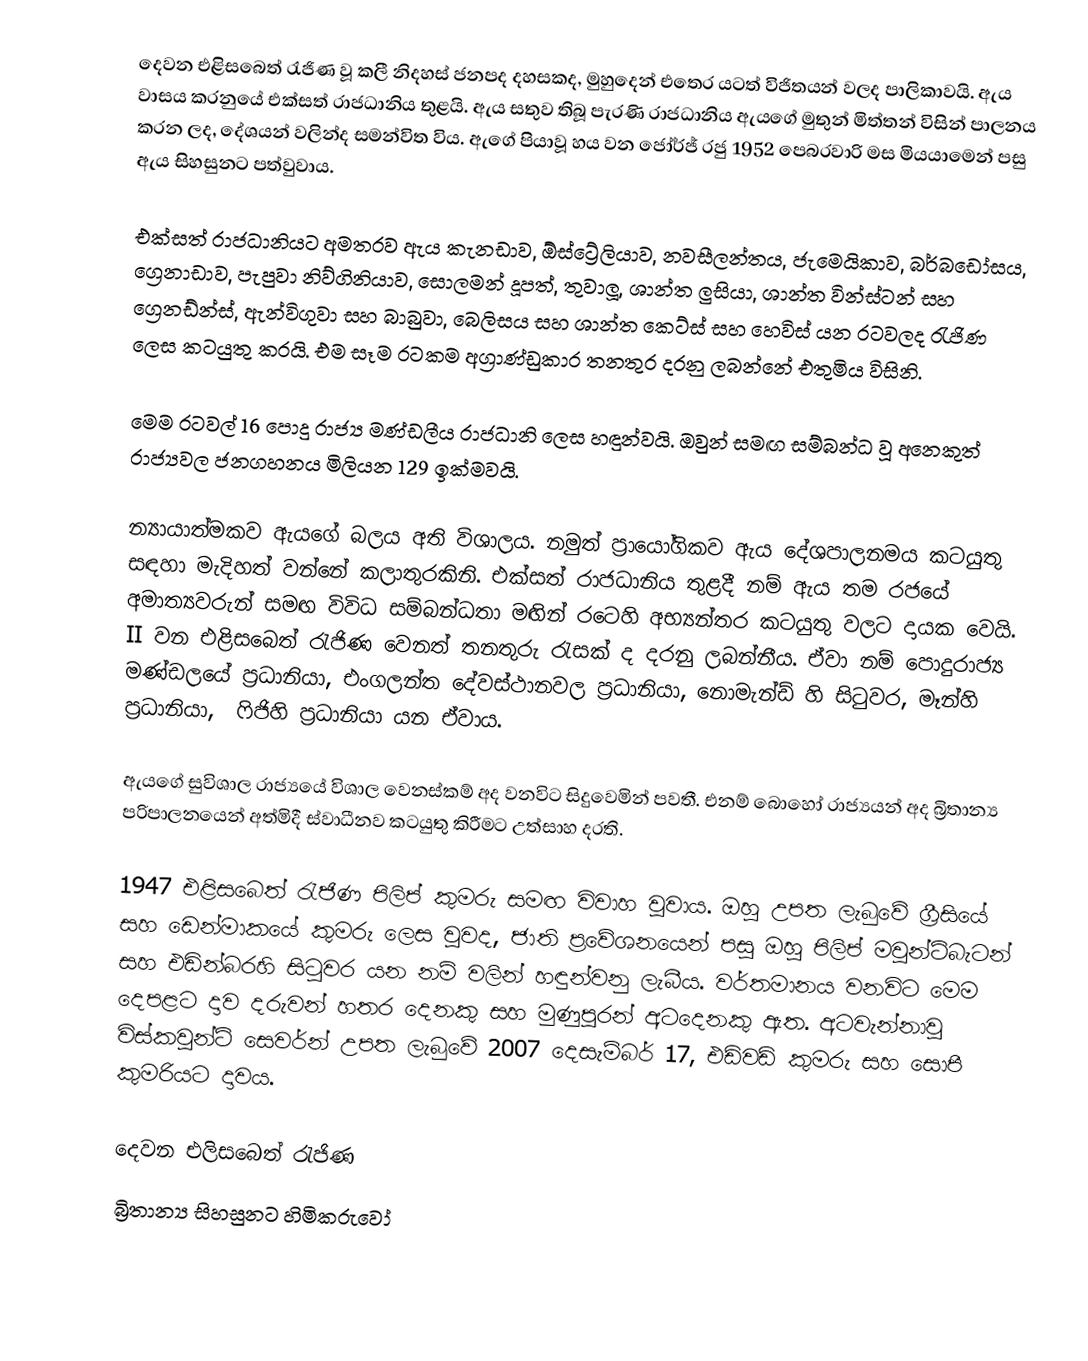
දෙවන එළිසබෙත් රැජිණ වූ කලී නිදහස් ජනපද දහසකද, මුහුදෙන් එතෙර යටත් විජිතයන් වලද පාලිකාවයි. ඇය වාසය කරනුයේ එක්සත් රාජධානිය තුළයි. ඇය සතුව තිබූ පැරණි රාජධානිය ඇයගේ මුතුන් මිත්තන් විසින් පාලනය කරන ලද, දේශයන් වලින්ද සමන්විත විය. ඇගේ පියාවූ හය වන ජෝර්ජ් රජු 1952 පෙබරවාරි මස මියයාමෙන් පසු ඇය සිහසුනට පත්වුවාය.

එක්සත් රාජධානියට අමතරව ඇය කැනඩාව, ඕස්ට්‍රේලියාව, නවසීලන්තය, ජැ‍මෙයිකාව, බර්බඩෝසය, ග්‍රෙනාඩාව, පැපුවා නිව්ගිනියාව, සොලමන් දූපත්, තුවාලූ, ශාන්ත ලුසියා, ශාන්ත වින්ස්ටන් සහ ‍ග්‍රෙනඩ්න්ස්, ඇන්විගුවා සහ බාබුවා, බෙලිසය සහ ශාන්ත කෙට්ස් සහ හෙවිස් යන රටවලද රැජිණ ලෙස කටයුතු කරයි. එම සෑම රටකම අග්‍රාණ්ඩුකාර තනතුර දරනු ලබන්නේ එතුමිය විසිනි.

මෙම රටවල් 16 පොදු රාජ්‍ය මණ්ඩලීය රාජධානි ලෙස හඳුන්වයි. ඔවුන් සමඟ සම්බන්ධ වූ අනෙකුත් රාජ්‍යවල ජනගහනය මිලියන 129 ඉක්මවයි.

න්‍යායාත්මකව ඇයගේ බලය අති විශාලය. නමුත් ප්‍රායෝගිකව ඇය දේශපාලනමය කටයුතු  සඳහා මැදිහත් වන්නේ කලාතුරකිනි. එක්සත් රාජධානිය තුළදී නම් ඇය තම රජයේ අමාත්‍යවරුන් සමඟ විවිධ සම්බන්ධතා මඟින් රටෙහි අභ්‍යන්තර කටයුතු වලට දායක වෙයි. II වන එළිසබෙත් රැජිණ වෙනත් තනතුරු රැසක් ද දරනු ලබන්නීය. ඒවා නම් පොදුරාජ්‍ය මණ්ඩලයේ ප්‍රධානියා, එංගලන්ත දේවස්ථානවල ප්‍රධානියා, නොමැන්ඩ් හි සිටුවර, මෑන්හි ප්‍රධානියා, ‍ ෆිජිහි ප්‍රධානියා යන ඒවාය.

ඇයගේ සුවිශාල රාජ්‍යයේ විශාල වෙනස්කම් අද වනවිට සිදුවෙමින් පවතී. එනම් බොහෝ රාජ්‍යයන් අද බ්‍රිතාන්‍ය පරිපාලනයෙන් අත්මිදී ස්වාධීනව කටයුතු කිරීමට උත්සාහ දරති.

1947 එළිසබෙත් රැජිණ පිලිප් කුමරු සමඟ විවාහ වුවාය. ඔහු උපත ලැබුවේ ග්‍රීසියේ සහ ඩෙන්මාකයේ කුමරු ලෙස වුවද, ජාති ප්‍රවේශනයෙන් පසු ඔහු පිලිප් මවුන්ට්බැටන් සහ එඩින්බරහි සිටුවර යන නම් වලින් හඳුන්වනු ලැබීය. වර්තමානය වනවිට මෙම දෙපළට දාව දරුවන් හතර දෙනකු සහ මුණුපුරන් අටදෙනකු ඇත. අටවැන්නාවූ විස්කවුන්ට් සෙවර්න් උපත ලැබුවේ 2007 දෙසැම්බර් 17, එඩ්වඩ් කුමරු සහ සොපී කුමරියට දාවය.

දෙවන එලිසබෙත් රැජිණ
බ්‍රිතාන්‍ය සිහසුනට හිමිකරුවෝ